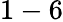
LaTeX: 1-6